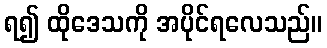
ရ၍ ထိုဒေသကို အပိုင်ရလေသည်။